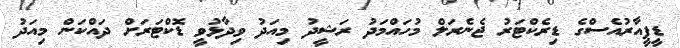
ޑީޕީއާރުއެސްގެ ޑިރެކްޓަރު ޖެނެރަލް މުހައްމަދު ރަޝީދު މިއަދު ވިދާޅުވީ ޑޮކްޓަރަށް ދައްކަން މިއަދު